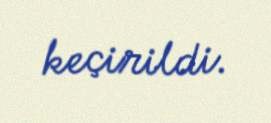
keçirildi.